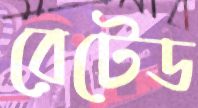
রেটেড